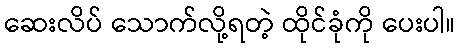
ဆေးလိပ် သောက်လို့ရတဲ့ ထိုင်ခုံကို ပေးပါ။